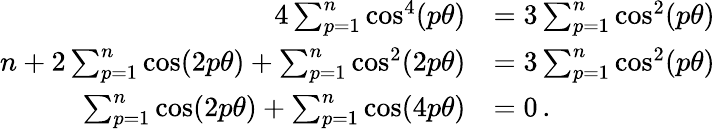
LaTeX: \begin{array}{rl}{4\sum_{p=1}^{n}\cos^{4}(p\theta)}&{=3\sum_{p=1}^{n}\cos^{2}(p\theta)}\\ {n+2\sum_{p=1}^{n}\cos(2p\theta)+\sum_{p=1}^{n}\cos^{2}(2p\theta)}&{=3\sum_{p=1}^{n}\cos^{2}(p\theta)\, }\\ {\sum_{p=1}^{n}\cos(2p\theta)+\sum_{p=1}^{n}\cos(4p\theta)}&{=0\, .}\end{array}